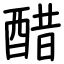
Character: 醋